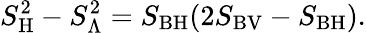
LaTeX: S_{\mathrm{H}}^{2}-S_{\mathrm{\Lambda}}^{2}=S_{\mathrm{BH}}(2S_{\mathrm{BV}}-S_{\mathrm{BH}}).